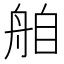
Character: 𮎌